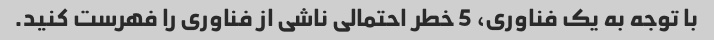
با توجه به یک فناوری، 5 خطر احتمالی ناشی از فناوری را فهرست کنید.